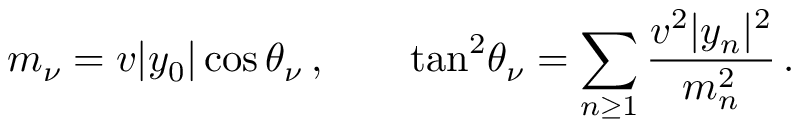
m _ { \nu } = v | y _ { 0 } | \cos \theta _ { \nu } \, , \qquad \tan ^ { 2 } \! \theta _ { \nu } = \sum _ { n \ge 1 } \frac { v ^ { 2 } | y _ { n } | ^ { 2 } } { m _ { n } ^ { 2 } } \, .